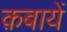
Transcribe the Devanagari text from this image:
क़बायें